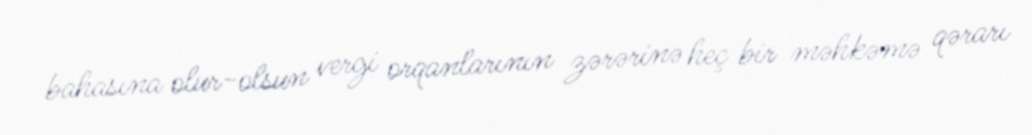
bahasına olur-olsun vergi orqanlarının zərərinə heç bir məhkəmə qərarı